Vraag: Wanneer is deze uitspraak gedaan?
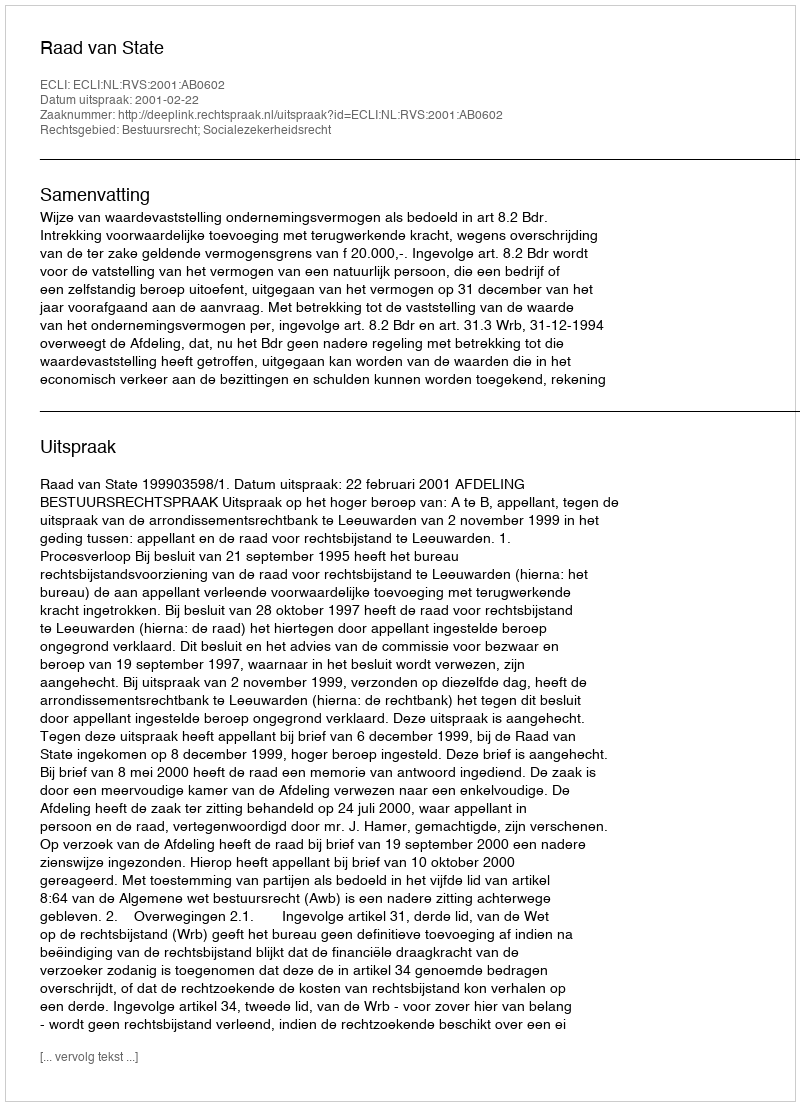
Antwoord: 2001-02-22